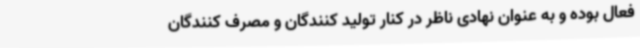
فعال بوده و به عنوان نهادی ناظر در کنار تولید کنندگان و مصرف کنندگان